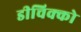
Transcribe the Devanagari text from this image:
डीचिक्को